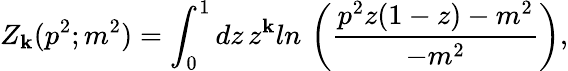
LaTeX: Z_{\mathbf{k}}(p^{2};m^{2})=\int_{0}^{1}dz\, z^{\mathbf{k}}ln\, \left({\frac{{p^{2}z(1-z)-m^{2}}}{{-m^{2}}}}\right),